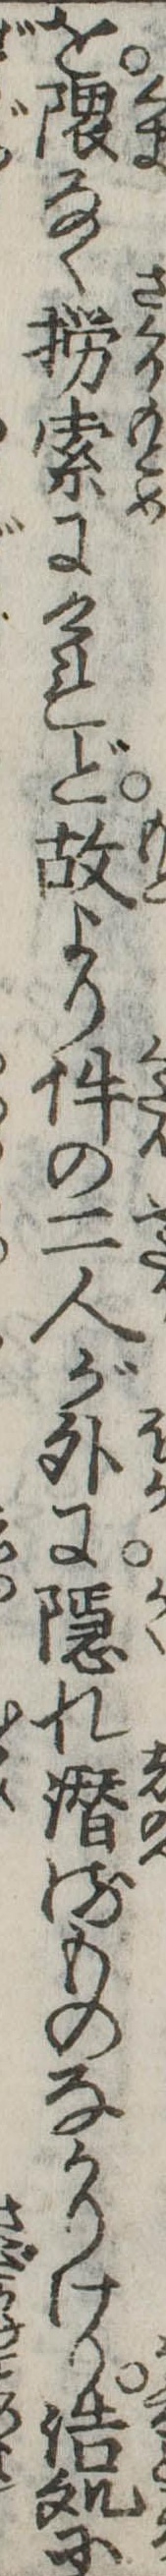
を隈なく撈索にけれど故より件の二人が外に隠れ潜るものなかりけり浩処に